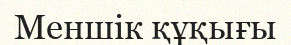
Меншік құқығы